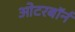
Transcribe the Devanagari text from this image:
ओटरबॉर्न